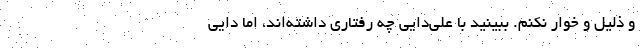
و ذليل و خوار نكنم. ببينيد با علي‌دايي چه رفتاري داشته‌اند، اما دايي